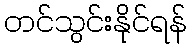
တင်သွင်းနိုင်ရန်